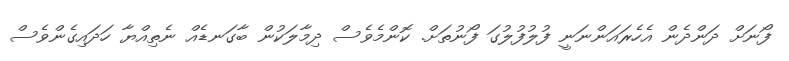
ފޯނަށް ދަންދެން އެހެރައަންނަނީ ފުލުފުލުގަ ފޯނުތަށް. ކޮންމެވެސް ދިމާލަކުން ބާގަނޑެއް ނެތިއްޔާ ހަދައިގެންވެސް